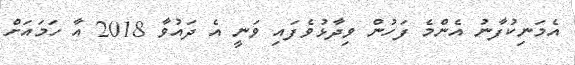
އެމަނިކުފާނު އެންމެ ފަހުން ވިދާޅުވެފައި ވަނީ އެ ދައުވާ 2018 އާ ހަމައަށް